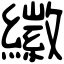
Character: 𦆮